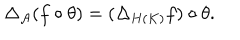
\Delta _ { \mathcal { A } } ( f \circ \theta ) = ( \Delta _ { H ( K ) } f ) \circ \theta .